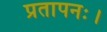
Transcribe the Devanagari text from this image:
प्रतापनः।